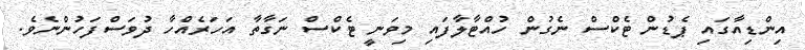
އިންޑިއާގައި ޕެޑުން ޓެކްސް ނެގުން ހުއްޓާލާފައި މިވަނީ ޓެކްސް ނަގާތާ އަހަރެއްހާ ދުވަސްފަހުންނެވެ.